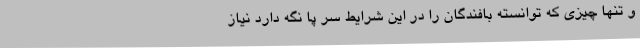
و تنها چیزی که توانسته بافندگان را در این شرایط سر پا نگه دارد نیاز